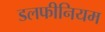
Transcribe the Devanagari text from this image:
डलफीनियम